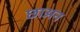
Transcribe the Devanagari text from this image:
छाअन